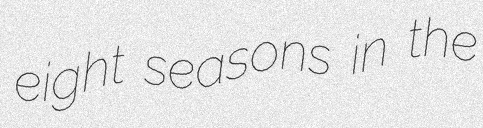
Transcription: eight seasons in the